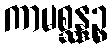
ကာမစ္ဆန္ဒဉ္စ